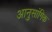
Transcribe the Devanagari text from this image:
आनुसांगिक